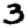
Digit: 3